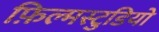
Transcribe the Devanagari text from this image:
फ़िल्मस्टुडियो